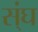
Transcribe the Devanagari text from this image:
स्ंघ